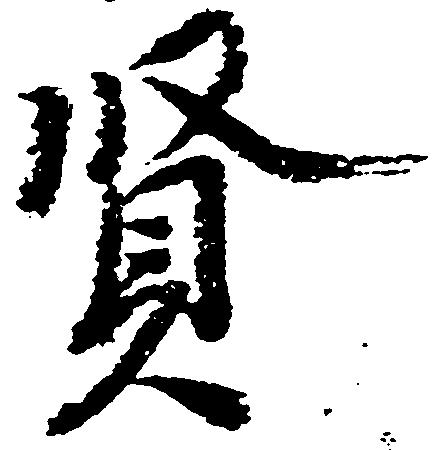
賢